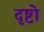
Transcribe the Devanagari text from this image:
दृष्टो